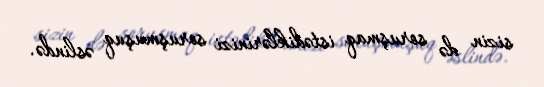
sizin də soruşmaq istədiklərinizi soruşmuşuq əslində.